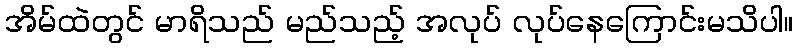
အိမ်ထဲတွင် မာရိသည် မည်သည့် အလုပ် လုပ်နေကြောင်းမသိပါ။